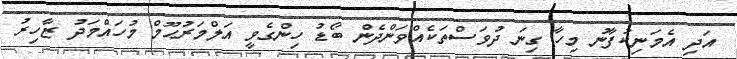
އަދި އެމަނިކުފާނު މިހާ ގިނަ ދުވަސްތަކެއްވަންދެން ބޯޑު ހިންގެވީ އަލްމަރުޙޫމް މުހައްމަދު ޒާހިރު